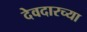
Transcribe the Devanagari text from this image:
देवदारच्या